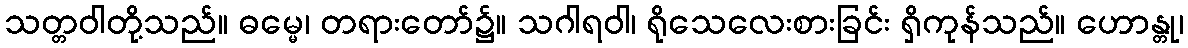
သတ္တဝါတို့သည်။ ဓမ္မေ၊ တရားတော်၌။ သဂါရဝါ၊ ရိုသေလေးစားခြင်း ရှိကုန်သည်။ ဟောန္တု၊